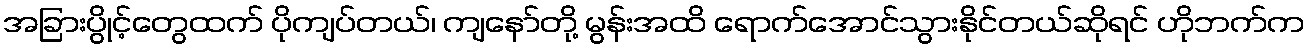
အခြားပွိုင့်တွေထက် ပိုကျပ်တယ်၊ ကျနော်တို့ မွန်းအထိ ရောက်အောင်သွားနိုင်တယ်ဆိုရင် ဟိုဘက်က